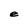
Character: e